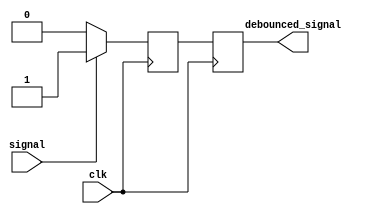
module debounce_circuit(
    input wire clk,
    input wire signal,
    output reg debounced_signal
);

reg current_state, next_state;

always @ (posedge clk) begin
    current_state <= next_state;
end

always @ (*) begin
    case(current_state)
        0: begin
            if(signal == 1)
                next_state = 1;
            else
                next_state = 0;
        end
        1: begin
            if(signal == 0)
                next_state = 0;
            else
                next_state = 1;
        end
    endcase
end

always @ (posedge clk) begin
    debounced_signal <= current_state;
end

endmodule